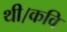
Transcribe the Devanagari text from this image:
थी।कवि